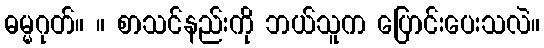
ဓမ္မဂုတ်။ ။ စာသင်နည်းကို ဘယ်သူက ပြောင်းပေးသလဲ။